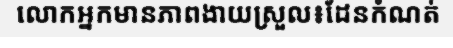
លោកអ្នកមានភាពងាយស្រួល៖ដែនកំណត់